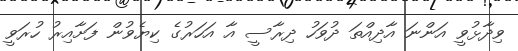
ވިދާޅުވީ އަންނަަ އާދިއްތަ ދުވަހު ދިރާސީ އާ އަހަރުގެ ކިޔެވުން ފަށާއިރު ހުރަވީ